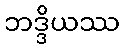
ဘဒ္ဒိယဿ